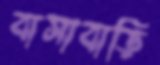
বাসাবাড়ি